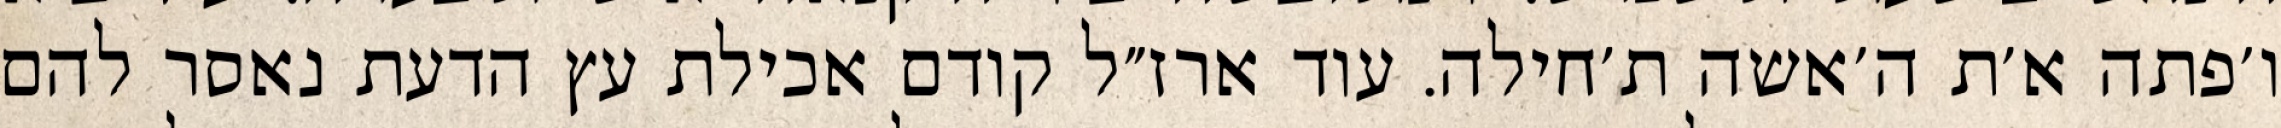
ו׳פתה א׳ת ה׳אשה ת׳חילה. עוד ארז״ל קודם אכילת עץ הדעת נאסר להם